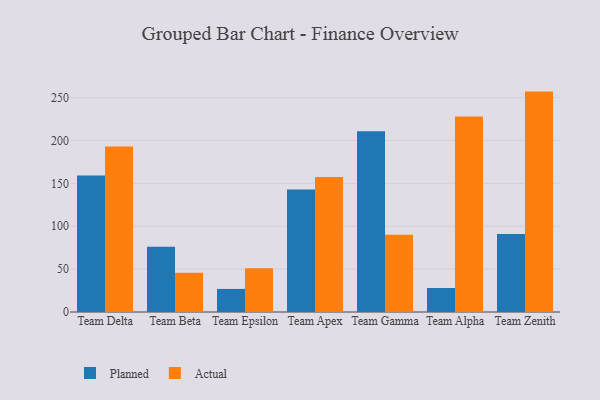
{"axis": {"x": "Team", "y": "Waste Production (Tons)"}, "legend": ["Actual", "Planned"], "data": [{"x": "Team Delta", "y": 159.1, "type": "Planned"}, {"x": "Team Delta", "y": 193.0, "type": "Actual"}, {"x": "Team Beta", "y": 76.2, "type": "Planned"}, {"x": "Team Beta", "y": 45.9, "type": "Actual"}, {"x": "Team Epsilon", "y": 26.9, "type": "Planned"}, {"x": "Team Epsilon", "y": 50.9, "type": "Actual"}, {"x": "Team Apex", "y": 142.9, "type": "Planned"}, {"x": "Team Apex", "y": 157.5, "type": "Actual"}, {"x": "Team Gamma", "y": 210.9, "type": "Planned"}, {"x": "Team Gamma", "y": 90.0, "type": "Actual"}, {"x": "Team Alpha", "y": 28.0, "type": "Planned"}, {"x": "Team Alpha", "y": 228.1, "type": "Actual"}, {"x": "Team Zenith", "y": 91.0, "type": "Planned"}, {"x": "Team Zenith", "y": 257.0, "type": "Actual"}]}